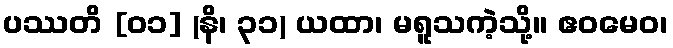
ပဿတိ [၀၁] (နိ၊ ၃၁) ယထာ၊ မရူသကဲ့သို့။ ဧဝမေဝ၊